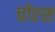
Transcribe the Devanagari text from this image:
चोएस